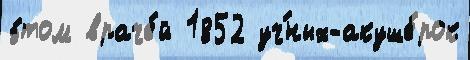
э́том враче́й 1852 уч́ных-акуше́рок